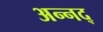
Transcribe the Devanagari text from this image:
अन्नद्